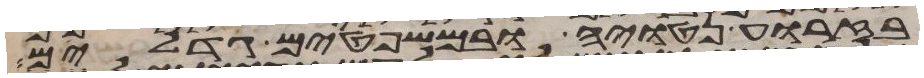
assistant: בזרוע נטויה ובמשפטים גדלים